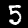
Label: 5